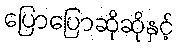
ပြောပြောဆိုဆိုနှင့်